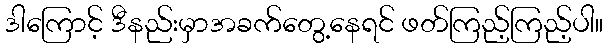
ဒါကြောင့် ဒီနည်းမှာအခက်တွေ့နေရင် ဖတ်ကြည့်ကြည့်ပါ။